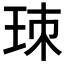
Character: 𤤹